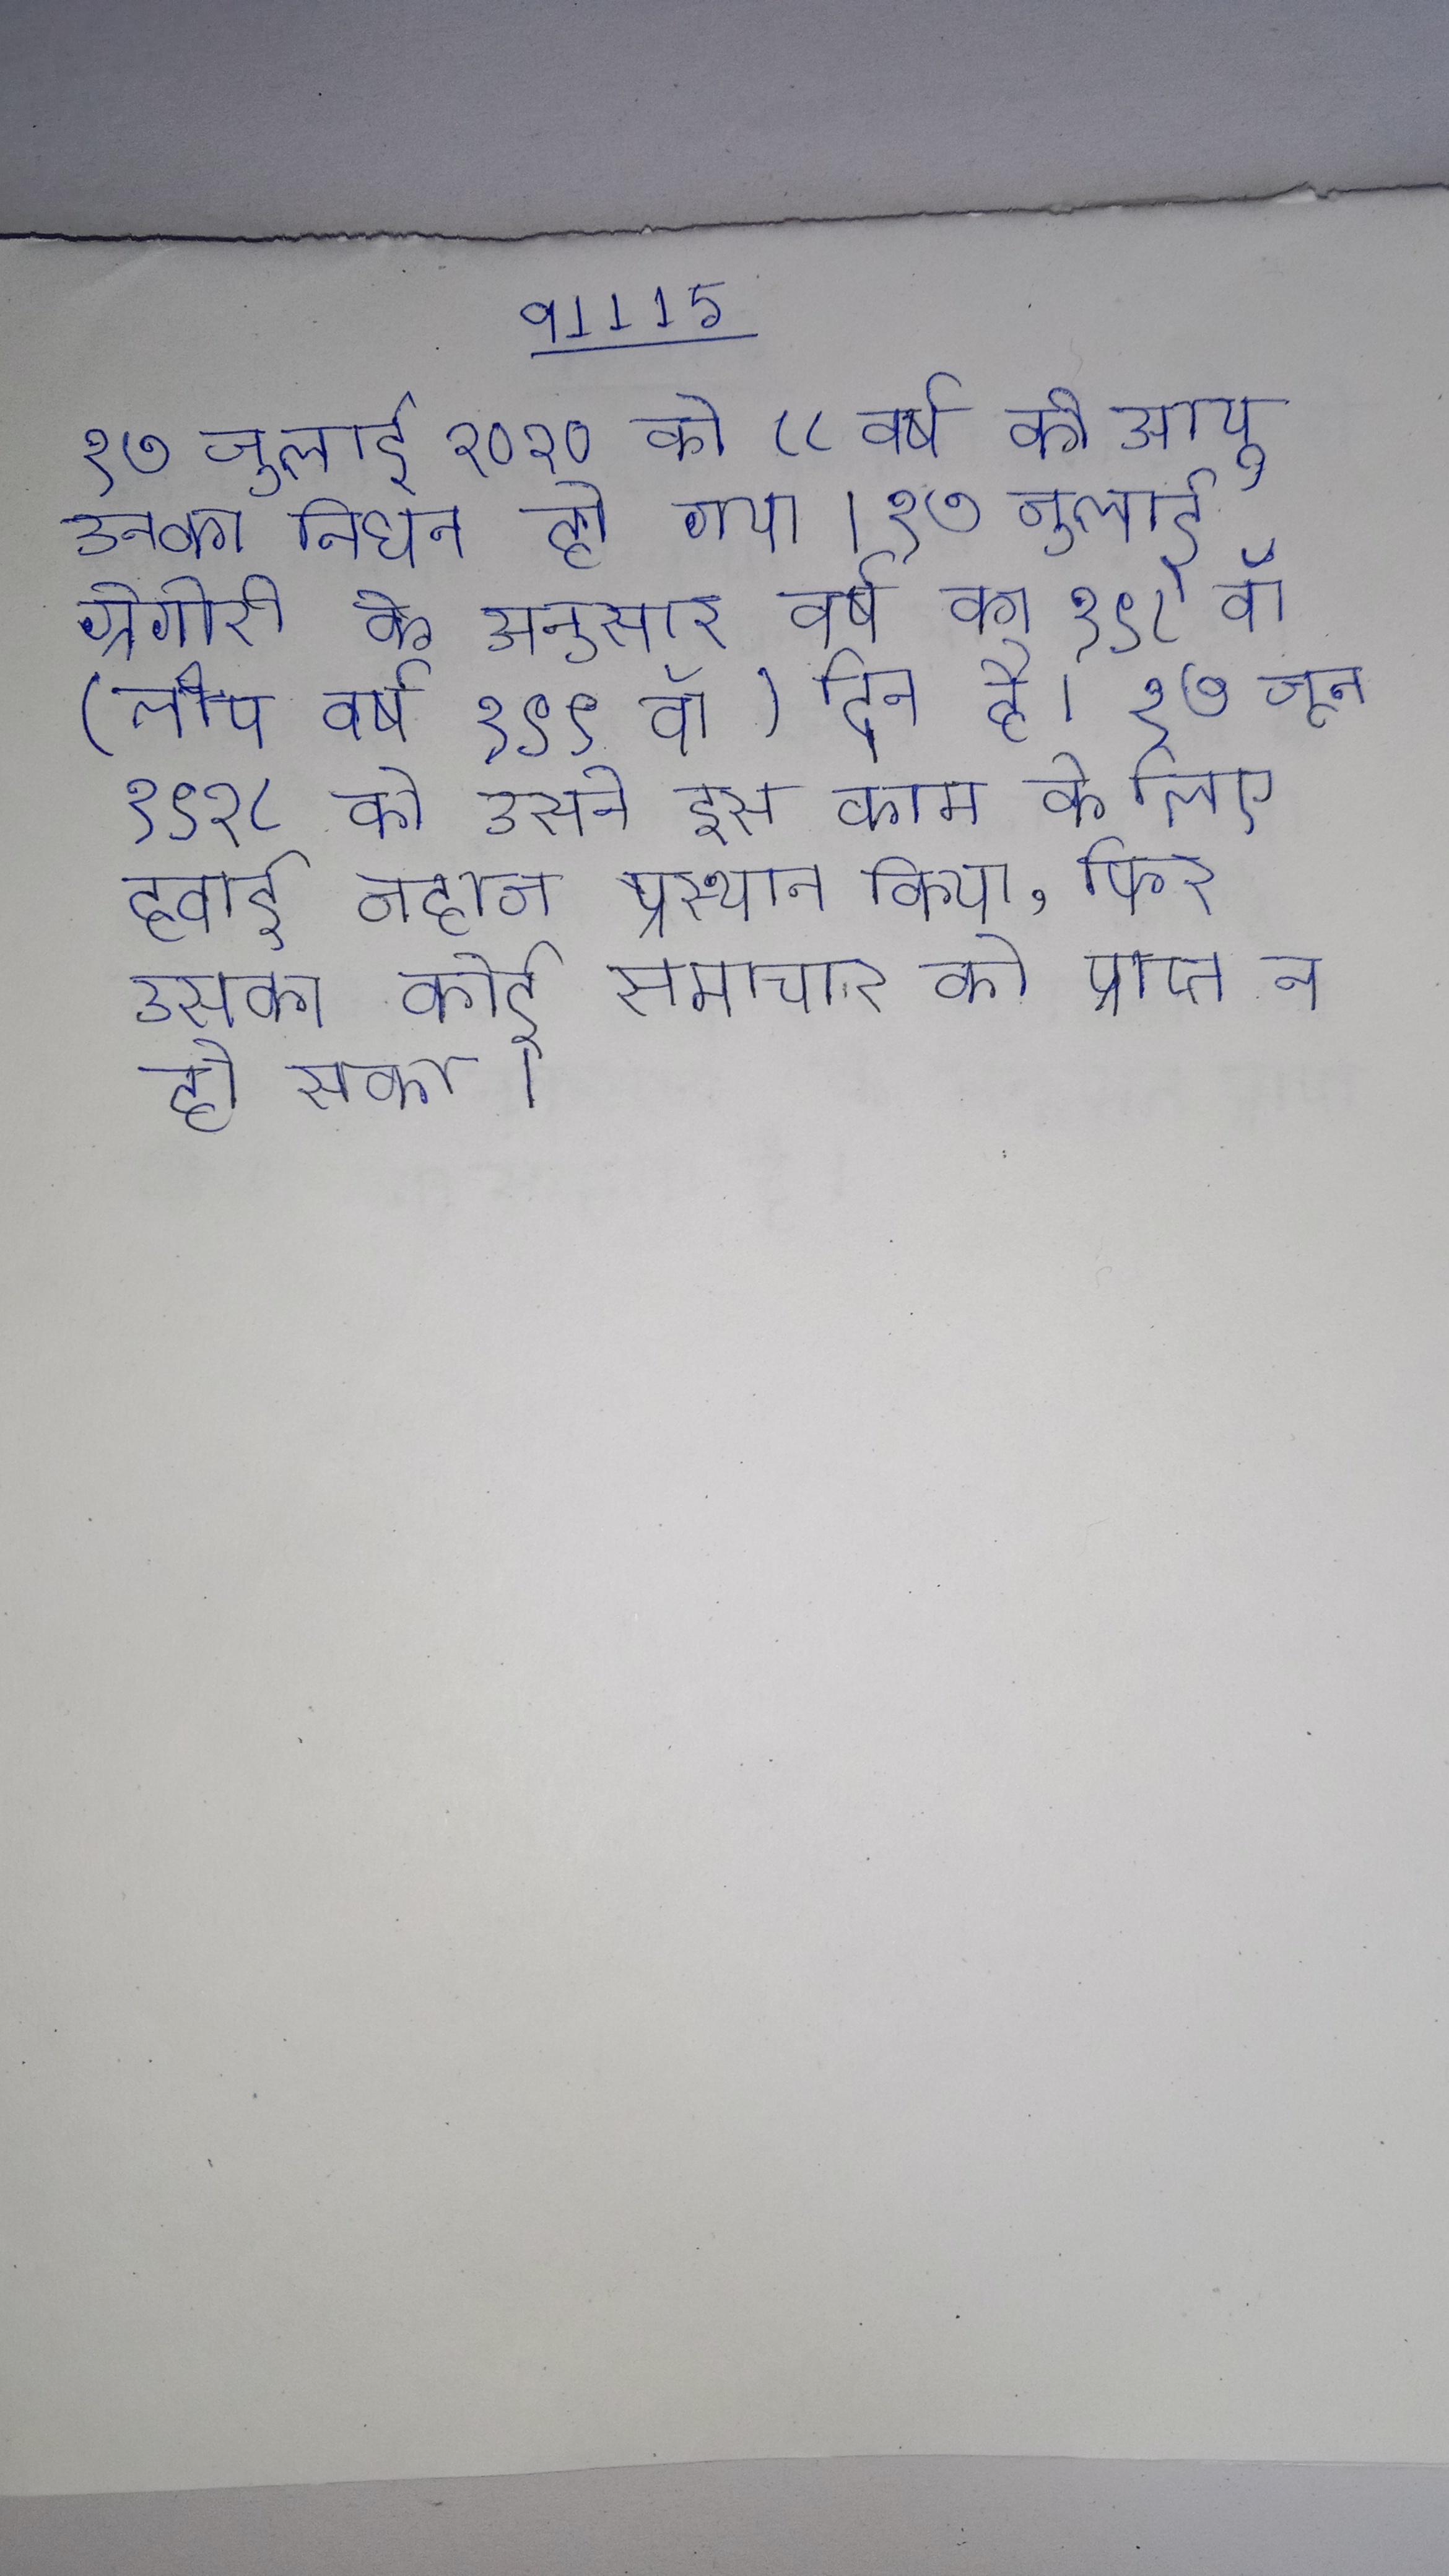
१७ जुलाई २०२० को ८८ वर्ष की आयु उनका निधन हो गया । १७ जुलाई ग्रेगोरी के अनुसार वर्ष का १९८वॉ (लीप वर्ष १९९वॉ) दिन है । १७ जून १९२८ को उसने इस काम के लिए हवाई जहाज प्रस्थान किया, फिर उसका कोई समाचार को प्राप्त न हो सका ।